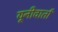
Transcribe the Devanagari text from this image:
यूनीवार्ता